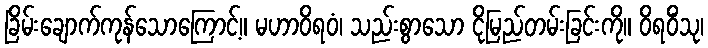
ခြိမ်းချောက်ကုန်သောကြောင့်။ မဟာဝိရဝံ၊ သည်းစွာသော ငိုမြည်တမ်းခြင်းကို။ ဝိရဝိံသု၊